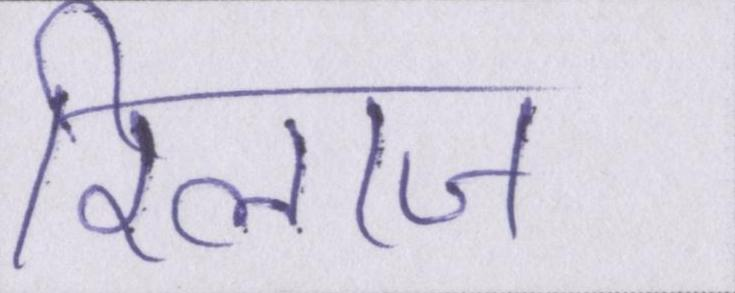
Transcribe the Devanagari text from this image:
रिलाज